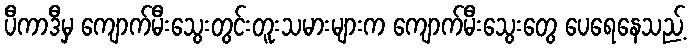
ပီကာဒီမှ ကျောက်မီးသွေးတွင်းတူးသမားများက ကျောက်မီးသွေးတွေ ပေရေနေသည့်